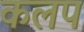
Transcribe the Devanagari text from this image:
कलप